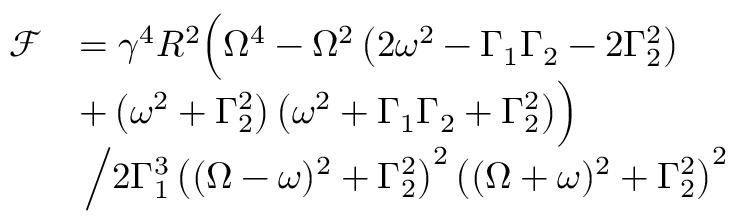
\begin{array} { r l } { \mathcal { F } } & { = \gamma ^ { 4 } R ^ { 2 } \Big ( \Omega ^ { 4 } - \Omega ^ { 2 } \left( 2 \omega ^ { 2 } - \Gamma _ { 1 } \Gamma _ { 2 } - 2 \Gamma _ { 2 } ^ { 2 } \right) } \\ & { + \left( \omega ^ { 2 } + \Gamma _ { 2 } ^ { 2 } \right) \left( \omega ^ { 2 } + \Gamma _ { 1 } \Gamma _ { 2 } + \Gamma _ { 2 } ^ { 2 } \right) \! \Big ) } \\ & { \left. \middle / 2 \Gamma _ { 1 } ^ { 3 } \left( ( \Omega - \omega ) ^ { 2 } + \Gamma _ { 2 } ^ { 2 } \right) ^ { 2 } \left( ( \Omega + \omega ) ^ { 2 } + \Gamma _ { 2 } ^ { 2 } \right) ^ { 2 } \right. } \end{array}